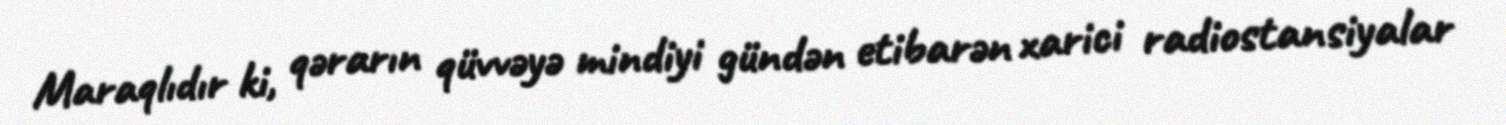
Maraqlıdır ki, qərarın qüvvəyə mindiyi gündən etibarən xarici radiostansiyalar